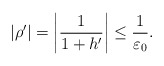
\begin{align*}|\rho^\prime|= \left|\frac{1}{1+h^\prime}\right|\leq \frac{1}{\varepsilon_0}. \end{align*}